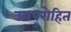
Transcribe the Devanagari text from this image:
उपपुरोहित